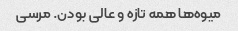
میوه‌ها همه تازه و عالی بودن. مرسی